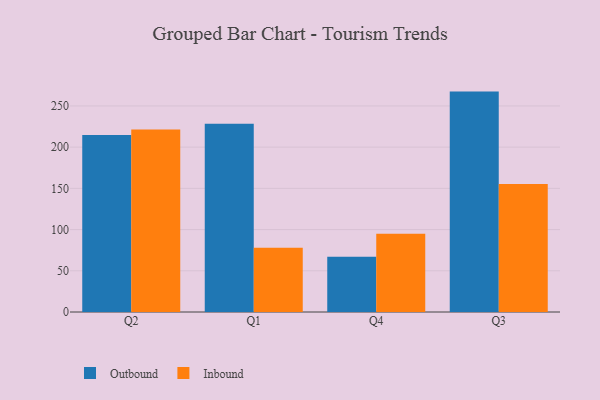
{"axis": {"x": "Quarter", "y": "LTV (USD)"}, "legend": ["Inbound", "Outbound"], "data": [{"x": "Q2", "y": 214.7, "type": "Outbound"}, {"x": "Q2", "y": 221.4, "type": "Inbound"}, {"x": "Q1", "y": 228.3, "type": "Outbound"}, {"x": "Q1", "y": 77.9, "type": "Inbound"}, {"x": "Q4", "y": 67.0, "type": "Outbound"}, {"x": "Q4", "y": 94.9, "type": "Inbound"}, {"x": "Q3", "y": 267.4, "type": "Outbound"}, {"x": "Q3", "y": 155.3, "type": "Inbound"}]}